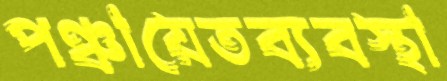
পঞ্চায়েতব্যবস্থা